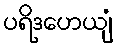
ပရိဒဟေယျံ